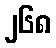
၂၆၈